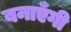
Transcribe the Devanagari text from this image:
बनाएँगी